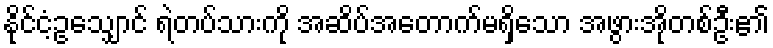
နိုင်ငံ့ဥသျှောင် ရဲတပ်သားကို အဆိပ်အတောက်မရှိသော အဖွားအိုတစ်ဦး၏